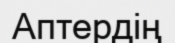
Аптердің